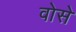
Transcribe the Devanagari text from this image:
वोसे